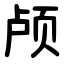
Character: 颅